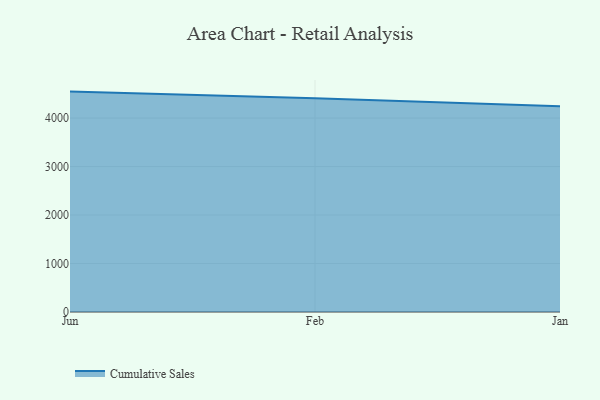
{"axis": {"x": "Month", "y": "Temperature (°C)"}, "legend": ["Cumulative Sales"], "data": [{"x": "Jun", "y": 4545.8, "type": "Cumulative Sales"}, {"x": "Feb", "y": 4410.0, "type": "Cumulative Sales"}, {"x": "Jan", "y": 4243.7, "type": "Cumulative Sales"}]}